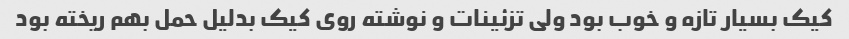
کیک بسیار تازه و خوب بود ولی تزئینات و نوشته روی کیک بدلیل حمل بهم ریخته بود